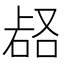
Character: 𱴅